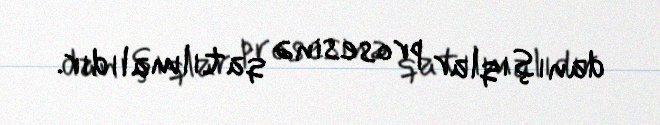
danışıqlar prosesinə qatılmalıdır.